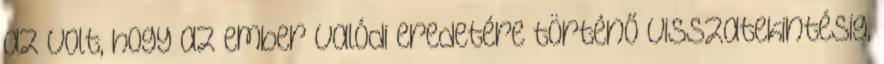
az volt, hogy az ember valódi eredetére történő visszatekintésig,